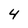
Character: 4